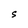
Character: S